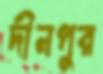
দীনপুর